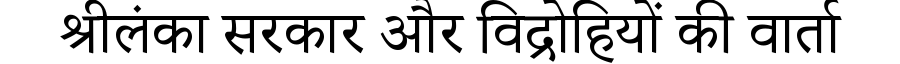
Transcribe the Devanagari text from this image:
श्रीलंका सरकार और विद्रोहियों की वार्ता